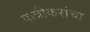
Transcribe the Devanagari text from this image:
पात्रीकरांचा